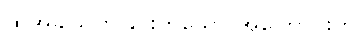
ထိုအခါသတ်ခြင်းဟူသော အကြောင်းကို